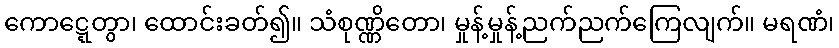
ကောဋ္ဋေတွာ၊ ထောင်းခတ်၍။ သံစုဏ္ဏိတော၊ မှုန့်မှုန့်ညက်ညက်ကြေလျက်။ မရဏံ၊